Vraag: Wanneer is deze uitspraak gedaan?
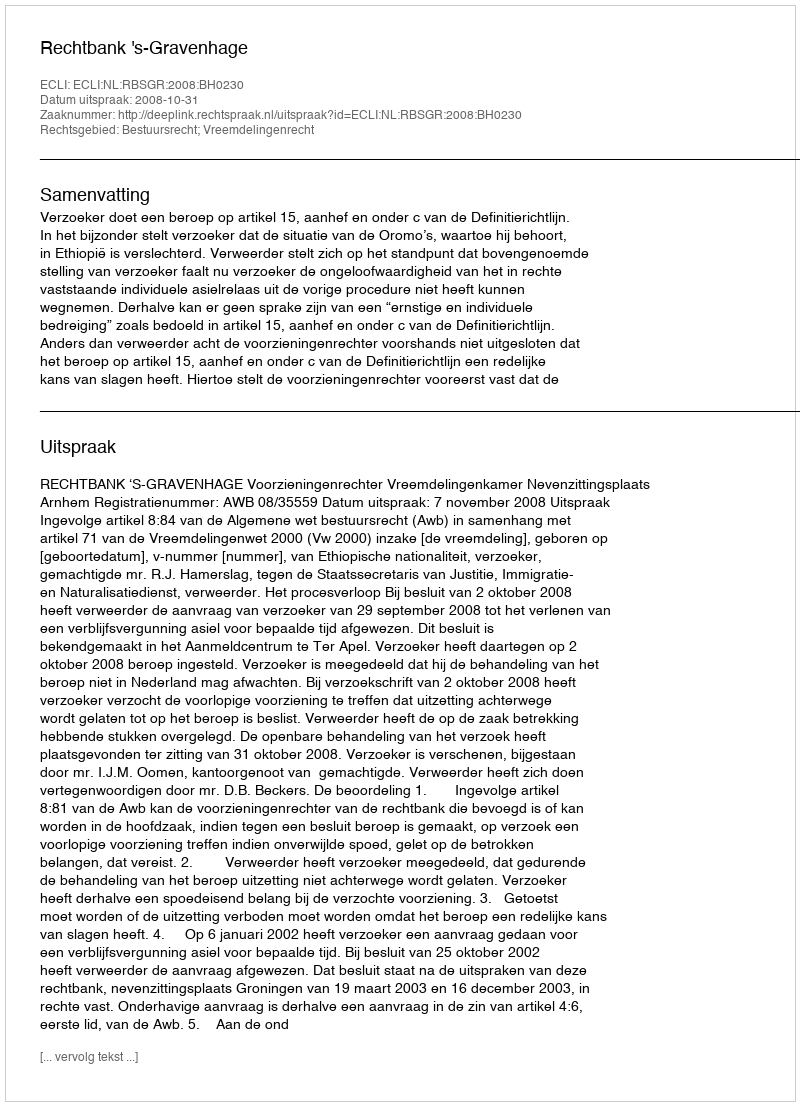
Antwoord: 2008-10-31